Indian journal of veterinary science and animal husbandry - Volume 13,
Year: 1943
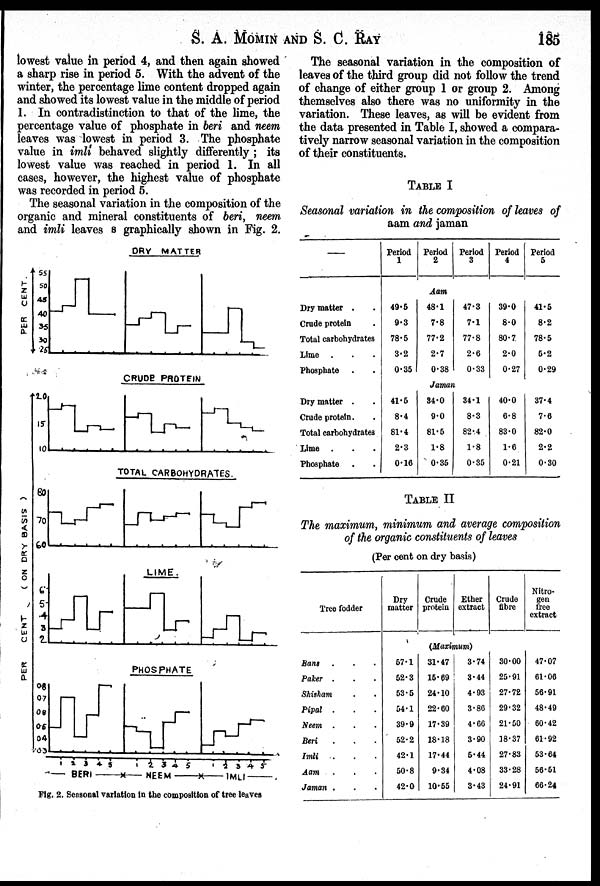
S. A. MOMIN AND S. C. RAY 185
lowest value in period 4, and then again showed
a sharp rise in period 5. With the advent of the
winter, the percentage lime content dropped again
and showed its lowest value in the middle of period
1. In contradistinction to that of the lime, the
percentage value of phosphate in beri and neem
leaves was lowest in period 3. The phosphate
value in imli behaved slightly differently; its
lowest value was reached in period 1. In all
cases, however, the highest value of phosphate
was recorded in period 5.
The seasonal variation in the composition of the
organic and mineral constituents of beri, neem
and imli leaves s graphically shown in Fig. 2.
Fig. 2. Seasonal variation in the composition of tree leaves
The seasonal variation in the composition of
leaves of the third group did not follow the trend
of change of either group 1 or group 2. Among
themselves also there was no uniformity in the
variation. These leaves, as will be evident from
the data presented in Table I, showed a compara-
tively narrow seasonal variation in the composition
of their constituents.
TABLE I
Seasonal variation in the composition of leaves of
aam and jaman
—
Dry matter . .
Crude protein .
Total carbohydrates
Lime . . .
Phosphate . .
Dry matter . .
Crude protein. .
Total carbohydrates
Lime . . .
Phosphate . .
Period
1
49.5
9.3
78.5
3.2
0.35
41.5
8.4
81.4
2.3
0.16
Period
2
Aam
48.1
7.8
77.2
2.7
0.38
Period
3
47.3
7.1
77.8
2.6
0.33
Jaman
34.0
9.0
81.5
1.8
0.35
34.1
8.3
82.4
1.8
0.35
Period
4
39.0
8.0
80.7
2.0
0.27
40.0
6.8
83.0
1.6
0.21
Period
5
41.5
8.2
78.5
5.2
0.29
37.4
7.6
82.0
2.2
0.30
TABLE II
The maximum, minimum and average composition
of the organic constituents of leaves
(Per cent on dry basis)
Tree fodder
Bant . . .
Paker . . .
Shisham . .
Pipal . . .
Neem . . .
Beri . . .
Imli . . .
Aam . . .
Jaman . . .
Dry
matter
57.1
52.3
53.5
54.1
39.9
52.2
42.1
50.8
42.0
Crude
protein
Ether
extract
(Maximum)
31.47
15.69
24.10
22.60
17.39
18.18
17.44
9.34
10.55
3.74
3.44
4.93
3.86
4.66
3.90
5.44
4.08
3.43
Crude
fibre
30.00
25.91
27.72
29.32
21.50
18.37
27.83
33.28
24.91
Nitro-
gen
free
extract
47.07
61.06
56.91
48.49
60.42
61.92
53.64
56.51
66.24